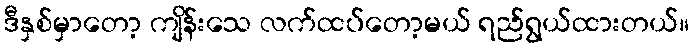
ဒီနှစ်မှာတော့ ကျိန်းသေ လက်ထပ်တော့မယ် ရည်ရွယ်ထားတယ်။